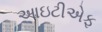
આઇટીએફ